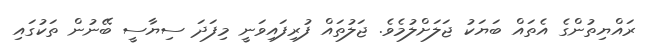
ރައްޔިތުންގެ އެތައް ބަޔަކު ޖަލަށްލުމެވެ. ޖަލުތައް ފުރިފައިވަނީ މިފަދަ ސިޔާސީ ބޭނުން ތަކުގައި